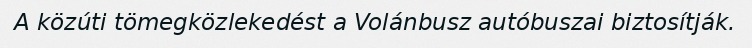
A közúti tömegközlekedést a Volánbusz autóbuszai biztosítják.